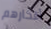
أفكارهم